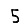
Digit: 5